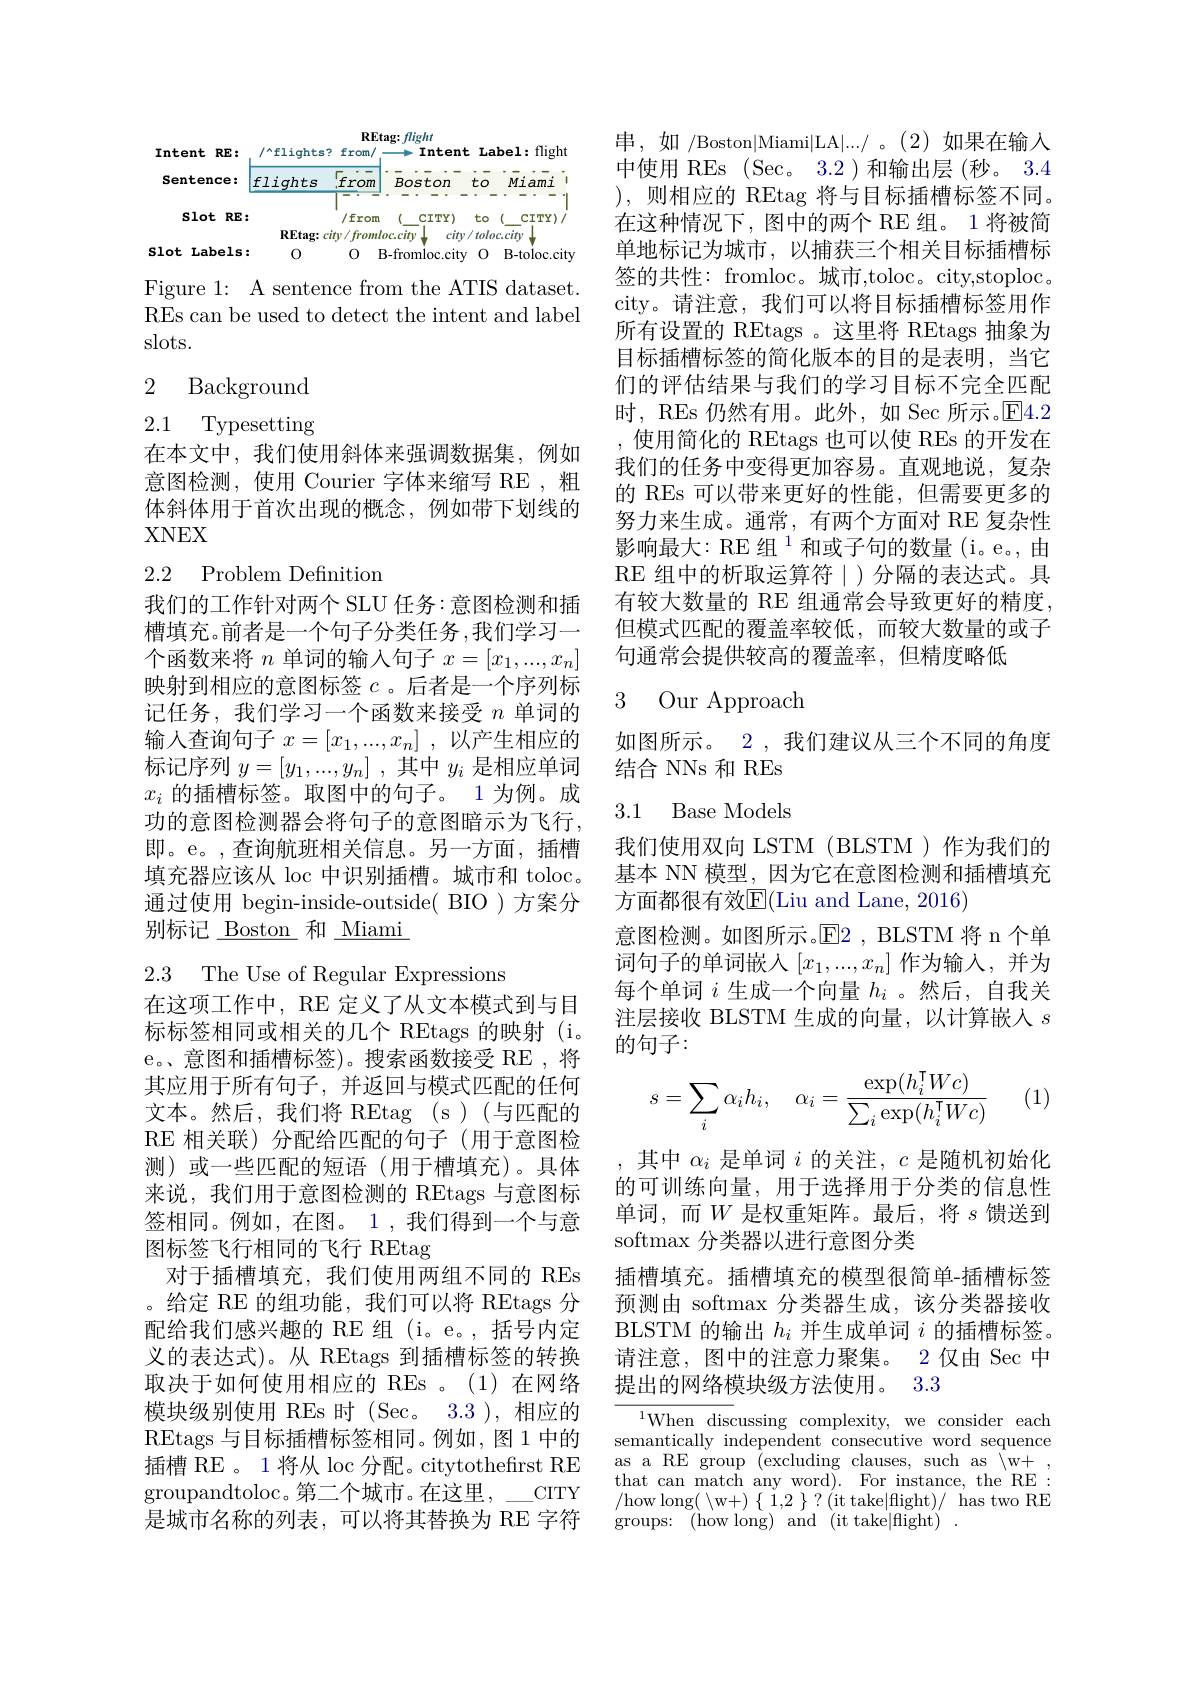
<FigureHere>

Figure 1: A sentence from the ATIS dataset. REs can be used to detect the intent and label slots.

## 2 Background

2.1 Typesetting

在本文中，我们使用斜体来强调数据集，例如意图检测，使用 Courier 字体来缩写 RE , 粗体斜体用于首次出现的概念，例如带下划线的XNEX

## 2.2 Problem Definition

我们的工作针对两个 SLU 任务：意图检测和插槽填充。前者是一个句子分类任务，我们学习一个函数来将$n$单词的输入句子$x=[x_1,...,x_n]$ 映射到相应的意图标签$c$ 。后者是一个序列标记任务，我们学习一个函数来接受$n$单词的输入查询句子$x= [ x_1, . . . , x_n]$ ,以产生相应的标记序列$y=[y_1,...,y_n]$ ,其中$y_i$是相应单词$x_i$的插槽标签。取图中的句子。1 为例。成功的意图检测器会将句子的意图暗示为飞行， 即。e。,查询航班相关信息。另一方面，插槽填充器应该从 loc 中识别插槽。城市和 toloc。通过使用 begin-inside-outside( BIO )方案分别标记\_ Boston 和\_Miami

2.3 The Use of Regular Expressions

在这项工作中，RE 定义了从文本模式到与目标标签相同或相关的几个 REtags 的映射 (i。e。意图和插槽标签)。搜索函数接受 RE ,将其应用于所有句子，并返回与模式匹配的任何文本。然后，我们将 REtag (s)(与匹配的RE 相关联)分配给匹配的句子(用于意图检测)或一些匹配的短语(用于槽填充)。具体来说，我们用于意图检测的 REtags 与意图标签相同。例如，在图。1,我们得到一个与意图标签飞行相同的飞行 REtag
对于插槽填充，我们使用两组不同的 REs 。给定 RE 的组功能，我们可以将 REtags 分配给我们感兴趣的 RE 组 (i。e。, 括号内定义的表达式)。从 REtags 到插槽标签的转换取决于如何使用相应的 REs 。(1)在网络模块级别使用 REs 时 (Sec。3.3),相应的REtags 与目标插槽标签相同。例如，图 1 中的插槽 RE 。1 将从 loc 分配。citytothefirst RE groupandtoloc。第二个城市。在这里，\_\_CITY 是城市名称的列表，可以将其替换为 RE 字符

串，如 /Boston|Miami|LA|.../ 。(2)如果在输入中使用 REs (Sec。3.2 ) 和输出层 (秒。3.4 ),则相应的 REtag 将与目标插槽标签不同。在这种情况下，图中的两个 RE 组。1 将被简单地标记为城市，以捕获三个相关目标插槽标签的共性：fromloc。城市，toloc。city,stoploc。city。请注意，我们可以将目标插槽标签用作所有设置的 REtags 。这里将 REtags 抽象为目标插槽标签的简化版本的目的是表明，当它们的评估结果与我们的学习目标不完全匹配时，REs 仍然有用。此外，如 Sec 所示。E4.2 ,使用简化的 REtags 也可以使 REs 的开发在我们的任务中变得更加容易。直观地说，复杂的 REs 可以带来更好的性能，但需要更多的努力来生成。通常，有两个方面对 RE 复杂性影响最大：RE组$^{1}$和或子句的数量(i。e。,由RE 组中的析取运算符|)分隔的表达式。具有较大数量的 RE 组通常会导致更好的精度， 但模式匹配的覆盖率较低，而较大数量的或子句通常会提供较高的覆盖率，但精度略低

## 3 Our Approach

如图所示。2, 我们建议从三个不同的角度
结合 NNs 和 REs

3.1 Base Models

我们使用双向 LSTM (BLSTM )作为我们的基本 NN 模型，因为它在意图检测和插槽填充方面都很有效E(Liu and Lane, 2016)

意图检测。如图所示。$\mathbb{E}$2 , BLSTM 将 n 个单词句子的单词嵌人$[x_1,...,x_n]$作为输入，并为每个单词$i$生成一个向量$h_i$ 。然后，自我关注层接收 BLSTM 生成的向量，以计算嵌入$s$ 的句子：

(1)
$$s=\sum_i\alpha_ih_i,\quad\alpha_i=\frac{\exp(h_i^\intercal Wc)}{\sum_i\exp(h_i^\intercal Wc)}$$
,其中$\alpha_i$是单词$i$的关注，$c$是随机初始化的可训练向量，用于选择用于分类的信息性单词，而$W$ 是权重矩阵。最后，将$s$馈送到softmax 分类器以进行意图分类
插槽填充。插槽填充的模型很简单-插槽标签预测由 softmax 分类器生成，该分类器接收BLSTM 的输出$h_i$并生成单词$i$的插槽标签。请注意，图中的注意力聚集。2 仅由 Sec 中提出的网络模块级方法使用。3.3

$^{1}$When discussing complexity, we consider each semantically independent consecutive word sequence as a RE group (excluding clauses, such as /w+ , that can match any word). For instance, the RE: / how long( $\langle$w+ ) $\{$ 1, 2 $\}$ ? ( it take| flight) / has two RE groups: (how long) and (it take|flight)